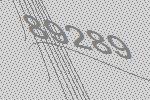
89289